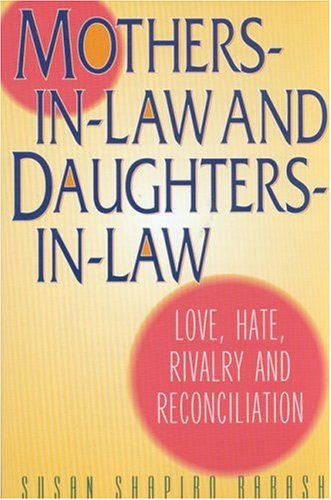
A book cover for Mothers-in-Law and Daughters-in-Law: Love, Hate, Rivalry and Reconciliation; Susan Shapiro Barash; Parenting & Relationships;